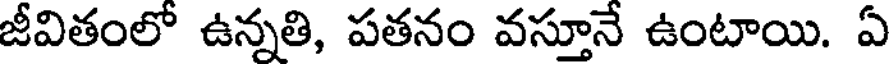
జీవితంలో ఉన్నతి, పతనం వస్తూనే ఉంటాయి. ఏ